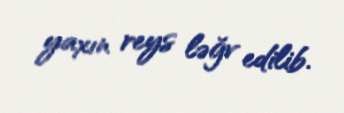
yaxın reys ləğv edilib.